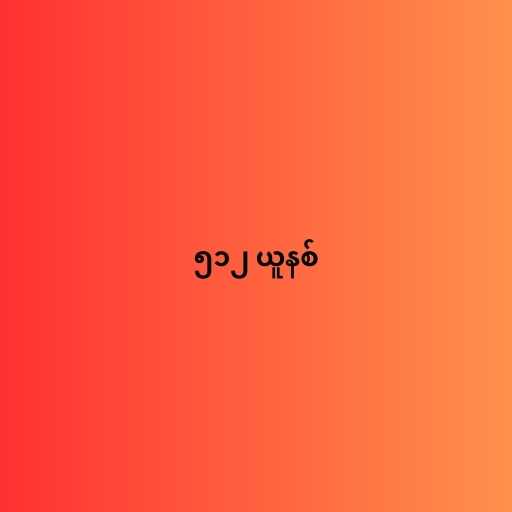
၅၁၂ ယူနစ်